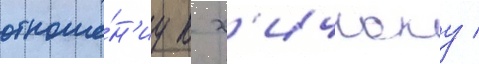
отноше́н'иу к х'ичкоку /